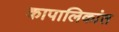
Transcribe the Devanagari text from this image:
कापालिकांत